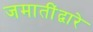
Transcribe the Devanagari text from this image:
जमातींद्वारे